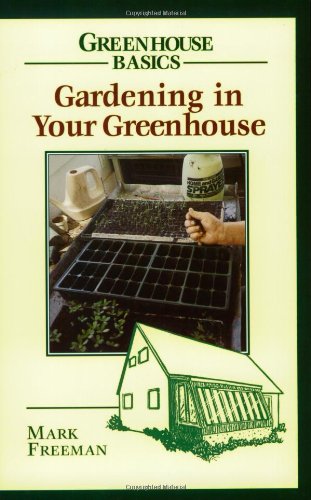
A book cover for Gardening in Your Greenhouse (Greenhouse Basics); Mark Freeman; Crafts, Hobbies & Home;